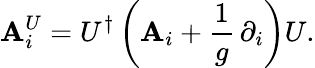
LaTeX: \mathbf{A}_{i}^{U}=U^{\dagger}\left(\mathbf{A}_{i}+\frac{{1}}{{g}}\, \partial_{i}\right)U.